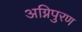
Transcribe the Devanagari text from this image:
अग्निपुरण